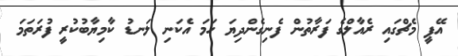
އޭޕީ މެޗްގައި ރެއާލްގެ ފަރާތުން ފެނިގެންދިޔަ ހަމަ އެކަނި ލަނޑު ކާމިޔާބުކުރީ ފުރަތަމަ